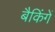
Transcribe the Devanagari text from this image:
बैकिंगें